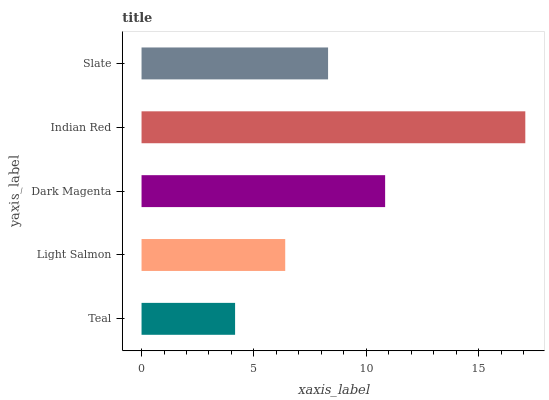
| yaxis_label | bars |
 | --- | --- |
 | Teal | 4.16 |
 | Light Salmon | 6.39 |
 | Dark Magenta | 10.8 |
 | Indian Red | 17.1 |
 | Slate | 8.3 |